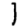
Digit: 1